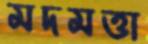
মদমত্তা